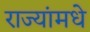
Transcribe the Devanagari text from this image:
राज्यांमधे